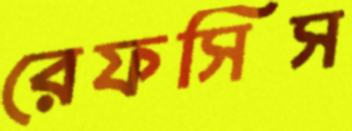
রেফসিস